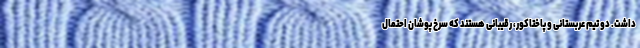
داشت. دو تیم عربستانی و پاختاکور، رقیبانی هستند که سرخ پوشان احتمال